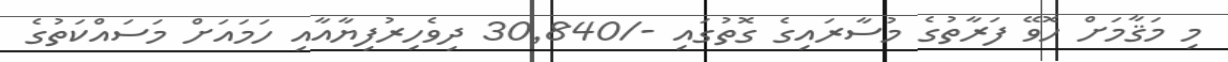
މި މަޤާމަށް ހޮވޭ ފަރާތުގެ މުސާރައިގެ ގޮތުގައި -/30